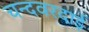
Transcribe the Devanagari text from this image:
चन्दवरदाई